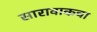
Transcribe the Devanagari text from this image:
सारावाकचा